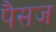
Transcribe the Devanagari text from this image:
पैसज